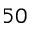
5 0